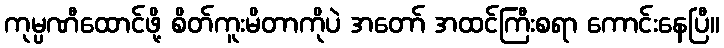
ကုမ္ပဏီထောင်ဖို့ စိတ်ကူးမိတာကိုပဲ အတော် အထင်ကြီးစရာ ကောင်းနေပြီ။